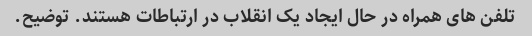
تلفن های همراه در حال ایجاد یک انقلاب در ارتباطات هستند. توضیح.